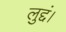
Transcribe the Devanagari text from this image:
लुद्दं।